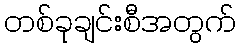
တစ်ခုချင်းစီအတွက်